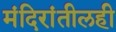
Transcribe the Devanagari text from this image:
मंदिरांतीलही